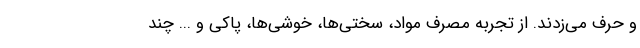
و حرف می‌زدند. از تجربه مصرف مواد، سختی‌ها، خوشی‌ها، پاکی و ... چند